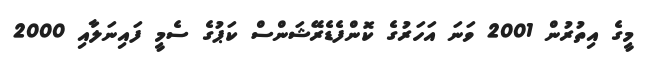
މީގެ އިތުރުން 2001 ވަނަ އަހަރުގެ ކޮންފެޑެރޭޝަންސް ކަޕުގެ ސެމީ ފައިނަލާއި 2000